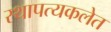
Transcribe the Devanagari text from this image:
स्थापत्यकलेत